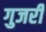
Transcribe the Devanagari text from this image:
गुजरीं